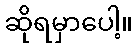
ဆိုရမှာပေါ့။